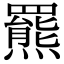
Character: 羆